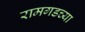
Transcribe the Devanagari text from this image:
रामगडच्या